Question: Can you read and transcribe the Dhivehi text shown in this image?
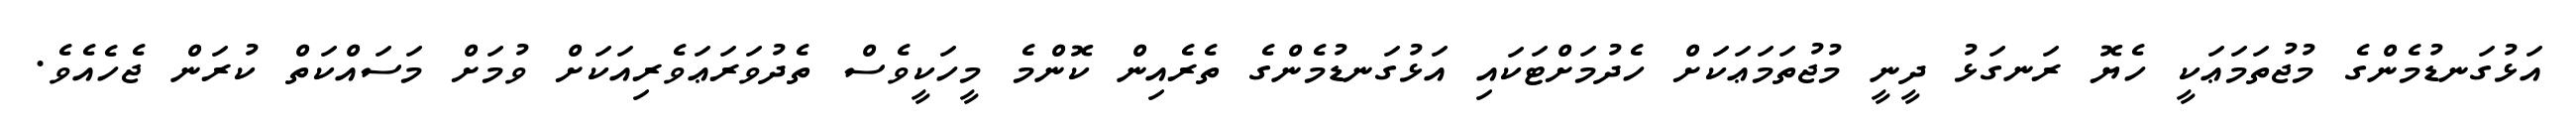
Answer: އަޅުގަނޑުމެންގެ މުޖުތަމަޢަކީ ހެޔޮ ރަނގަޅު ދީނީ މުޖުތަމަޢަކަށް ހެދުމަށްޓަކައި އަޅުގަނޑުމެންގެ ތެރެއިން ކޮންމެ މީހަކީވެސް ތެދުވަރަޢަވެރިއަކަށް ވުމަށް މަސައްކަތް ކުރަން ޖެހެއެވެ.